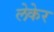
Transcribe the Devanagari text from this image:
लेकेर